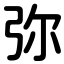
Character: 弥